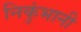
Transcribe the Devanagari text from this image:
निकुंभानी